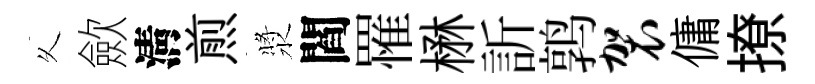
乆歛淸煎漿閻罹楙訢鹑袈傭撩